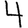
Digit: 4